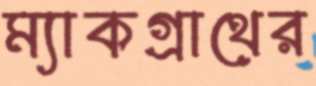
ম্যাকগ্রাথের